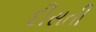
દીસતી